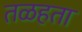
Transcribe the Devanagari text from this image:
तळहता